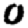
Digit: 0